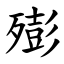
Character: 㱶